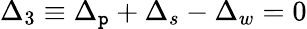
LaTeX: \Delta_{3}\equiv\Delta_{\mathtt{p}}+\Delta_{s}-\Delta_{w}=0